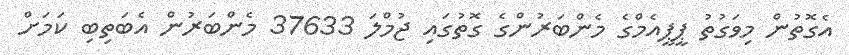
އެގޮތުން މިވަގުތު ޕީޕީއެމްގެ މެންބަރުންގެ ގޮތުގައި ޖުމްލަ 37633 މެންބަރުން އެބަތިބި ކަމަށް